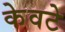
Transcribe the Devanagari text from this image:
केवटे